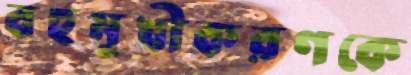
বহুমুখীকরণকে